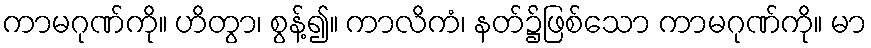
ကာမဂုဏ်ကို။ ဟိတွာ၊ စွန့်၍။ ကာလိကံ၊ နတ်၌ဖြစ်သော ကာမဂုဏ်ကို။ မာ